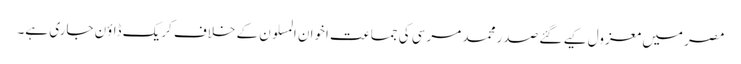
مصر میں معزول کیے گئے صدر محمد مرسی کی جماعت اخوان المسلون کے خلاف کریک ڈاؤن جاری ہے۔